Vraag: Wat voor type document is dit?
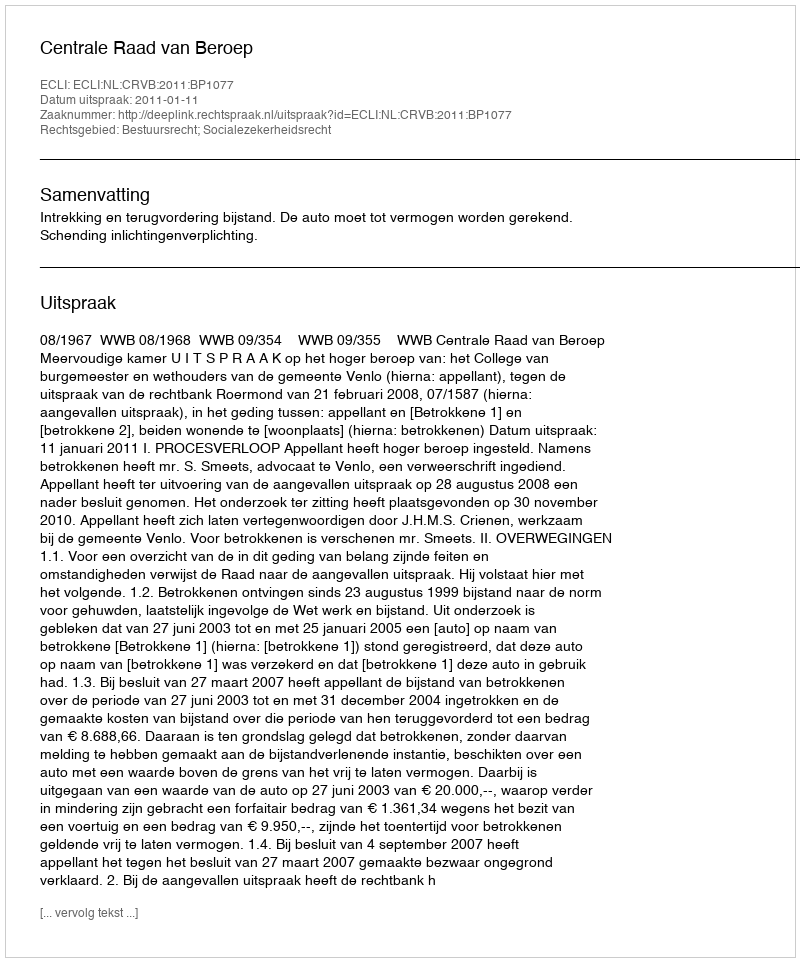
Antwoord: Uitspraak